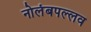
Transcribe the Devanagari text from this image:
नोलंबपल्लव